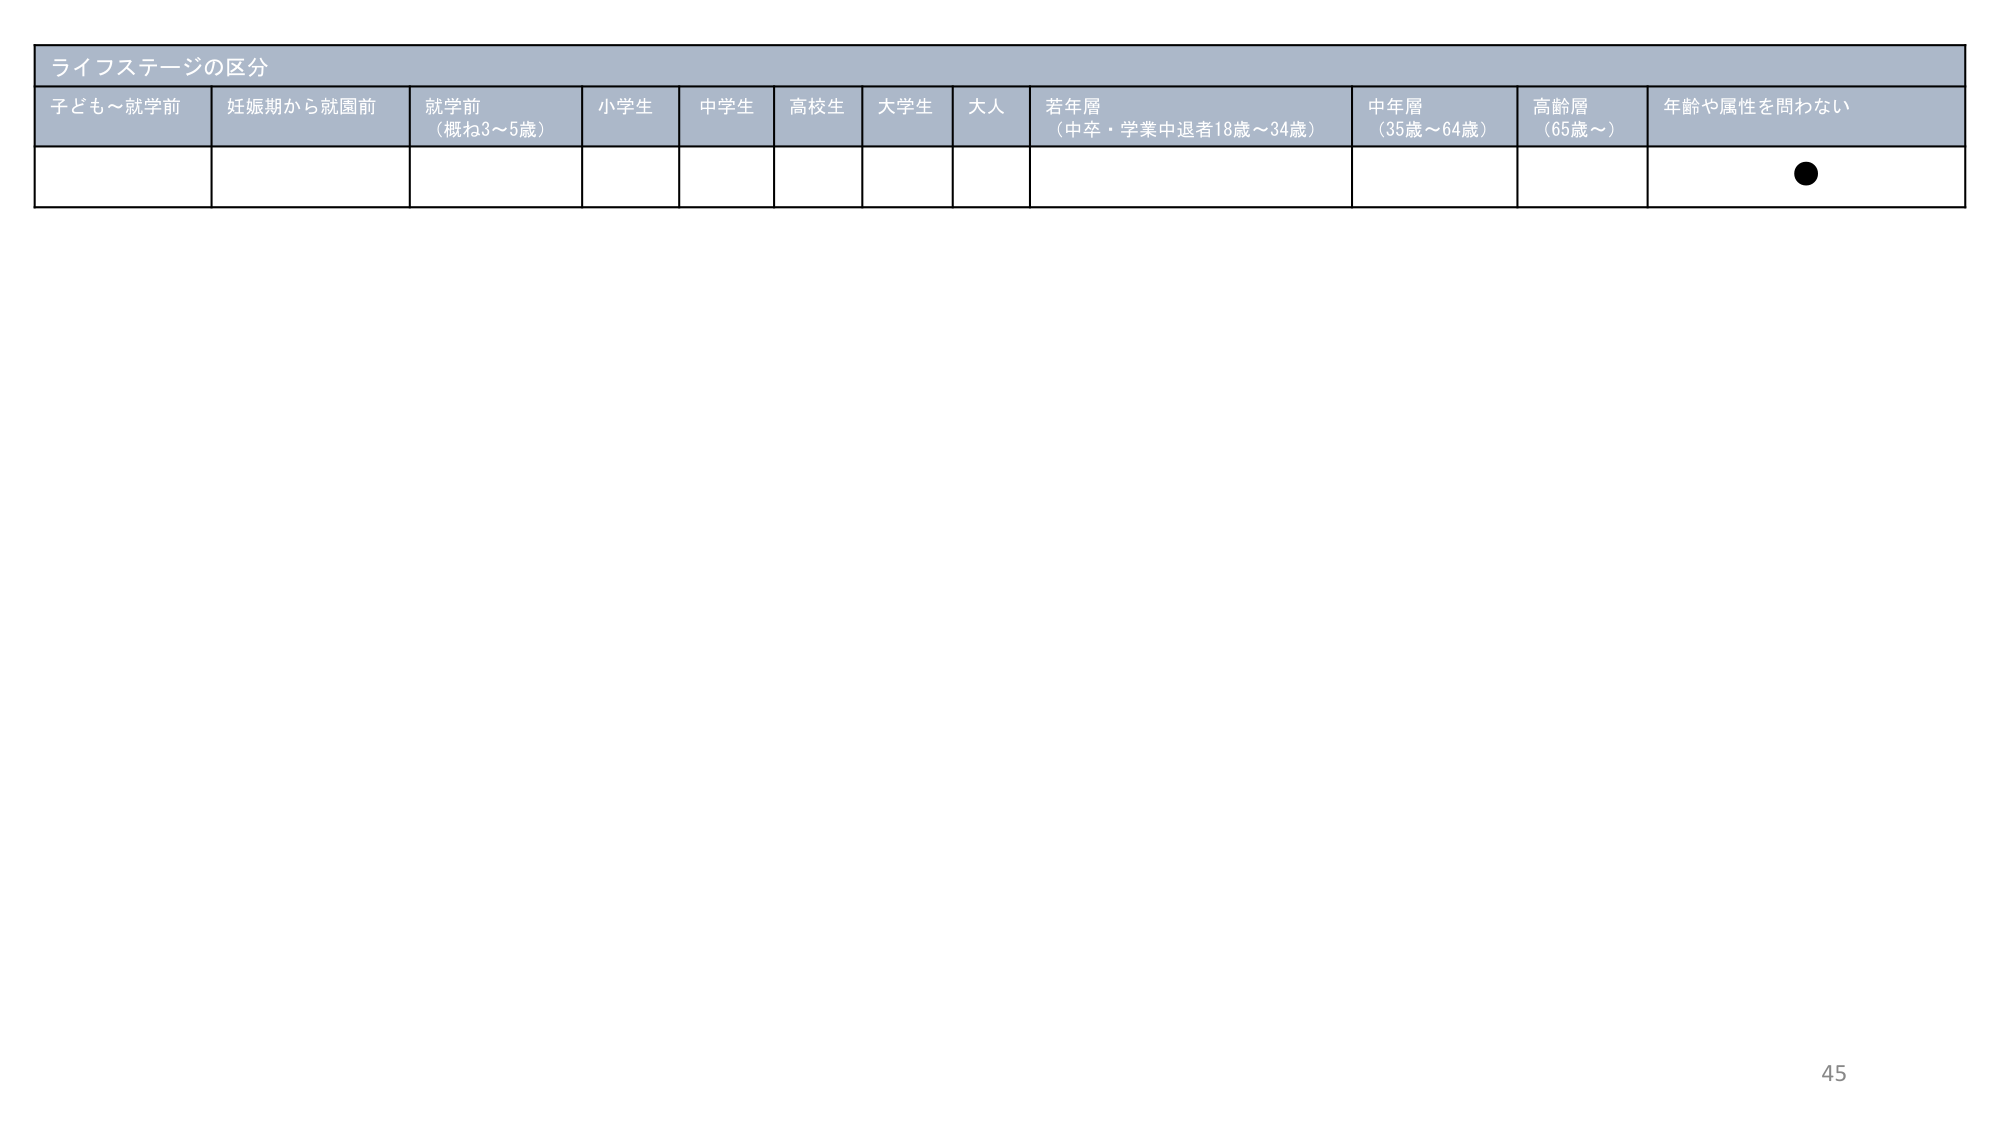
ライフステージの区分
子ども～就学前
妊娠期から就園前
就学前
（概ね3～5歳）
小学生
中学生
高校生
大学生
大人
若年層
（中卒・学業中退者18歳～34歳）
中年層
（35歳～64歳）
高齢層
（65歳～）
年齢や属性を問わない
●
45